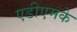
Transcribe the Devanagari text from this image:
एडीएमके